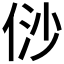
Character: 𠈱